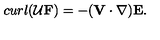
c u r l ( { \cal U } { \bf F } ) = - ( { \bf V } \cdot \nabla ) { \bf E } .